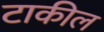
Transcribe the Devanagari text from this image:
टाकील